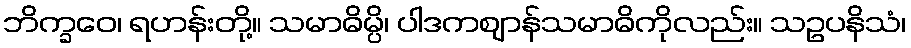
ဘိက္ခဝေ၊ ရဟန်းတို့။ သမာဓိမ္ပိ၊ ပါဒကဈာန်သမာဓိကိုလည်း။ သဥပနိသံ၊